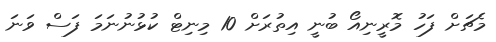
މެޗަށް ފަހު މޮރީނިއޯ ބުނީ އިތުރަށް 10 މިނިޓް ކުޅުނުނަމަ ފަސް ވަނަ